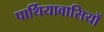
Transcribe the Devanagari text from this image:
पार्थियावासियों